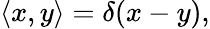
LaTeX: \langle x,y\rangle=\delta(x-y),